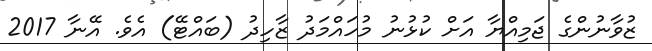
ޒުވާނުންގެ ޖަމިއްޔާ އަށް ކުޅުނު މުހައްމަދު ޒާހިދު (ބައްޓޭ) އެވެ. އޭނާ 2017